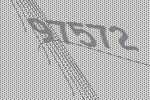
97572